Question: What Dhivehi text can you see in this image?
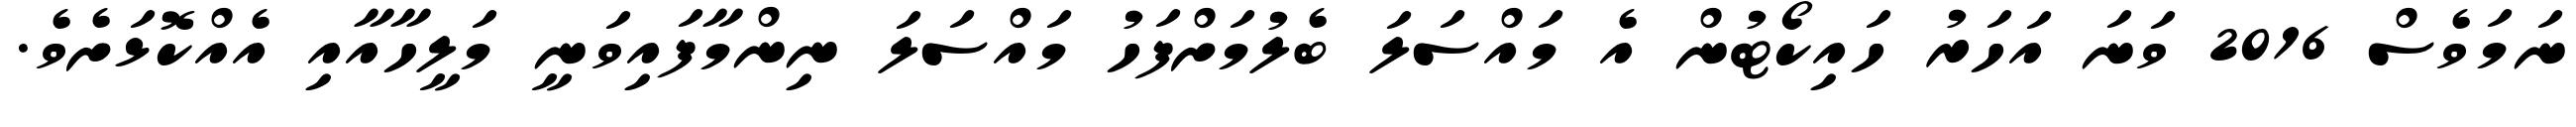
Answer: ނަމަވެސް 2016 ވަނަ އަހަރު ހައިކޯޓުން އެ މައްސަލަ ބެލުމަށްފަހު މައްސަލަ ނިންމާފައިވަނީ މަލީހާއާއި އެއްކޮޅަށެވެ.